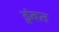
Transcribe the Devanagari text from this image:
डुंबत